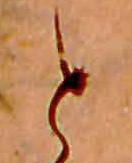
と